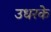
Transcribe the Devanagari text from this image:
उधरके